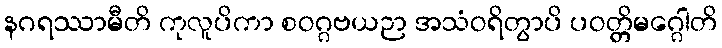
နဂရဿာမီတိ ကုလူပိကာ စဝဂ္ဂဗယဉာ အသံဝရိတွာပိ ပဝတ္တိမဂ္ဂေါတိ